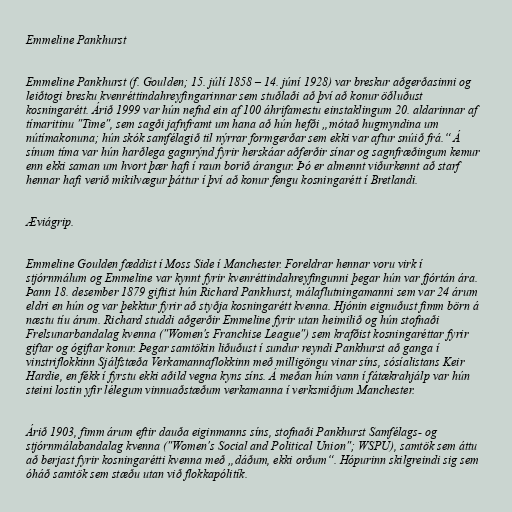
Emmeline Pankhurst

Emmeline Pankhurst (f. Goulden; 15. júlí 1858 – 14. júní 1928) var breskur aðgerðasinni og
leiðtogi bresku kvenréttindahreyfingarinnar sem stuðlaði að því að konur öðluðust
kosningarétt. Árið 1999 var hún nefnd ein af 100 áhrifamestu einstaklingum 20. aldarinnar af
tímaritinu "Time", sem sagði jafnframt um hana að hún hefði „mótað hugmyndina um
nútímakonuna; hún skók samfélagið til nýrrar formgerðar sem ekki var aftur snúið frá.“ Á
sínum tíma var hún harðlega gagnrýnd fyrir herskáar aðferðir sínar og sagnfræðingum kemur
enn ekki saman um hvort þær hafi í raun borið árangur. Þó er almennt viðurkennt að starf
hennar hafi verið mikilvægur þáttur í því að konur fengu kosningarétt í Bretlandi.

Æviágrip.

Emmeline Goulden fæddist í Moss Side í Manchester. Foreldrar hennar voru virk í
stjórnmálum og Emmeline var kynnt fyrir kvenréttindahreyfingunni þegar hún var fjórtán ára.
Þann 18. desember 1879 giftist hún Richard Pankhurst, málaflutningamanni sem var 24 árum
eldri en hún og var þekktur fyrir að styðja kosningarétt kvenna. Hjónin eignuðust fimm börn á
næstu tíu árum. Richard studdi aðgerðir Emmeline fyrir utan heimilið og hún stofnaði
Frelsunarbandalag kvenna ("Women's Franchise League") sem krafðist kosningaréttar fyrir
giftar og ógiftar konur. Þegar samtökin liðuðust í sundur reyndi Pankhurst að ganga í
vinstriflokkinn Sjálfstæða Verkamannaflokkinn með milligöngu vinar síns, sósíalistans Keir
Hardie, en fékk í fyrstu ekki aðild vegna kyns síns. Á meðan hún vann í fátækrahjálp var hún
steini lostin yfir lélegum vinnuaðstæðum verkamanna í verksmiðjum Manchester.

Árið 1903, fimm árum eftir dauða eiginmanns síns, stofnaði Pankhurst Samfélags- og
stjórnmálabandalag kvenna ("Women's Social and Political Union"; WSPU), samtök sem áttu
að berjast fyrir kosningarétti kvenna með „dáðum, ekki orðum“. Hópurinn skilgreindi sig sem
óháð samtök sem stæðu utan við flokkapólitík.